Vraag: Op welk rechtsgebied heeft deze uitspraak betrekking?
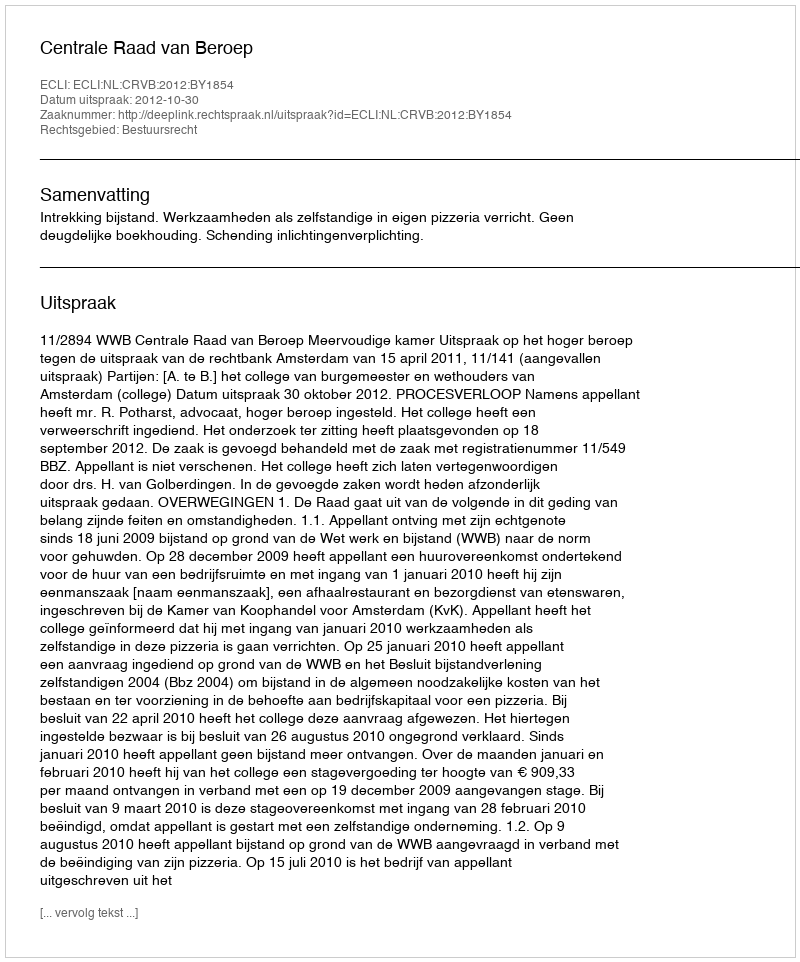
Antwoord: Bestuursrecht